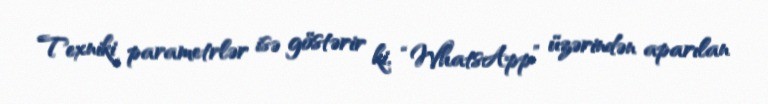
Texniki parametrlər isə göstərir ki, “WhatsApp” üzərindən aparılan